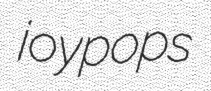
joypops